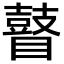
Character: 瞽